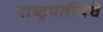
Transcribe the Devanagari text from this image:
राष्ट्रपतींचेचे